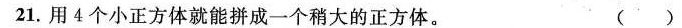
21.用4个小正方体就能拼成一个稍大的正方体。 ()